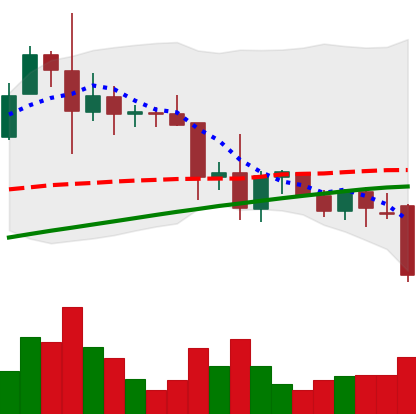
Ticker: XRP-USD
Chart end date: 2021-11-26
Forward return: 5.829%
Label: up_5_7